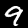
Digit: 9